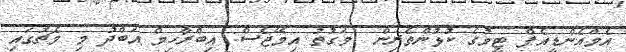
އެމްއެންޑީއެފް ޓީމުގެ ކުޅުންތެރިން  ވަގުތު އިމޭޖެސް: އިބްރާހިމް އަބްދު މި މެޗުގައި